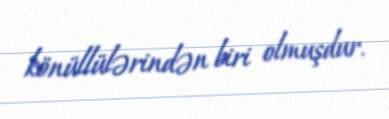
könüllülərindən biri olmuşdur.